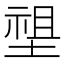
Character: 𡏄